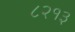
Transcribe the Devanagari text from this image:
८२१३